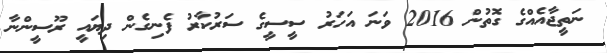
ނަތީޖާއެއްގެ ގޮތުން 2016 ވަނަ އަހަރު ސީސީގެ ސަރުކާރު ފެނިގެން ދިޔައީ ރޫސީންނާ